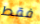
فقط